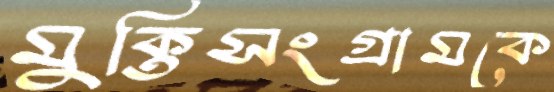
মুক্তিসংগ্রামকে